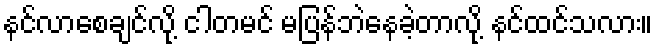
နင်လာစေချင်လို့ ငါတမင် မပြန်ဘဲနေခဲ့တာလို့ နင်ထင်သလား။